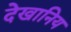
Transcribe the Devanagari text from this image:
देखानिय